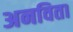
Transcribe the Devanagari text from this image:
अनविता